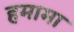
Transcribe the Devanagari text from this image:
हमामा